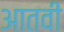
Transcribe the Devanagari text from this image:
आतवी